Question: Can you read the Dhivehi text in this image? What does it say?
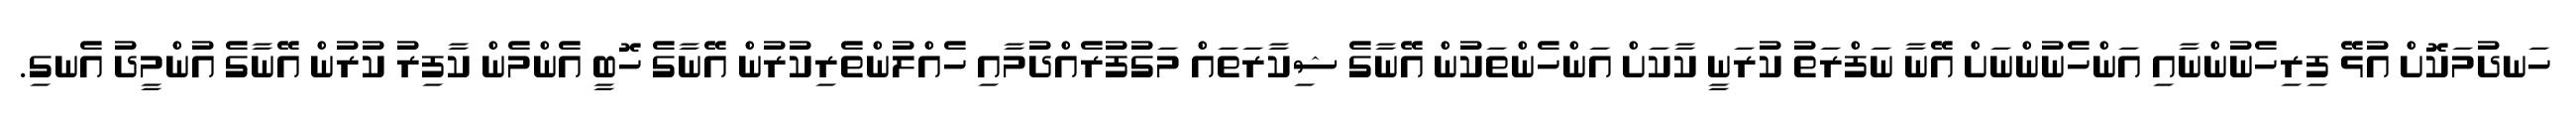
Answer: ހަނދުމަކޮށް އުޅޭ ފިރިހެނުންނާއި އަންހެނުންނަށް އޭނާ ނަފްރަތު ކުރަނީ ކާކަށް އަންހެންތަކުން އޭނާގެ ޝިކާރަތައް މަގުފުރެއްދުމާއި ހެއްލުންތެރިކުރުން އޭނާގެ ހޮބީ އެންމެން ކާފިރު ކުރުން އޭނާގެ އުންމީދު އެނގި.